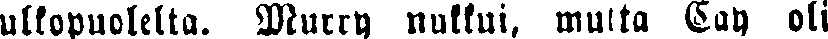
ulkopuolelta. Murry nukkui, mutta Cay oli